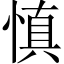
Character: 慎